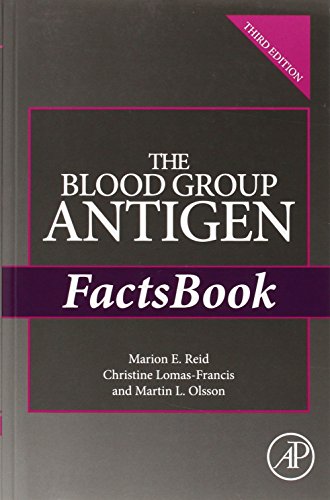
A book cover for The Blood Group Antigen FactsBook, Third Edition; Marion E. Reid; Medical Books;